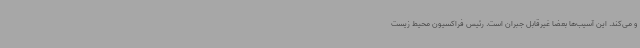
و می‌کند. این آسیب‌ها بعضا غیرقابل جبران است. رئیس فراکسیون محیط زیست